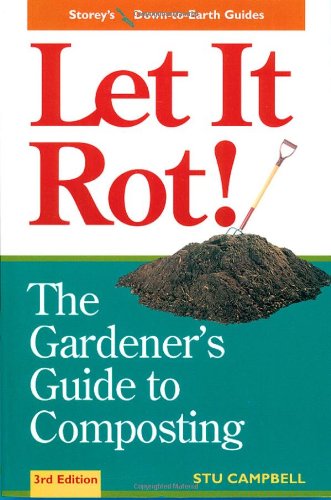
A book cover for Let it Rot!: The Gardener's Guide to Composting (Third Edition) (Storey's Down-to-Earth Guides); Stu Campbell; Crafts, Hobbies & Home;